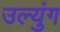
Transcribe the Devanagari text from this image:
उल्युंग